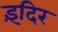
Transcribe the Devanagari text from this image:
इंदिर